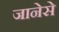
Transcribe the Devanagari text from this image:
जानेसे